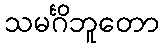
သမင်္ဂိဘူတော